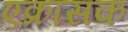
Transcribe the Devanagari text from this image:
एक्रासक